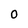
Character: O